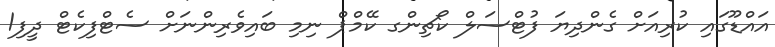
އައްޑޫގައި ކުރިއަށް ގެންދިޔަ ފުޓްސަލް ކޯޗިންގ ކޭމްޕް ނިމި ބައިވެރިންނަށް ސެޓްފިކެޓް ދީފި1